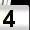
Digit: 4